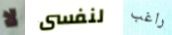
لا لنفسى راغب